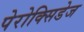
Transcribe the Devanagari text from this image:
पेरोक्सिडेज